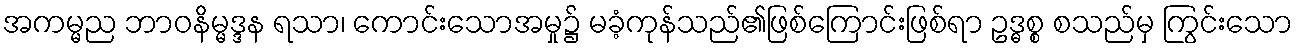
အကမ္မည ဘာဝနိမ္မဒ္ဒန ရသာ၊ ကောင်းသောအမှု၌ မခံ့ကုန်သည်၏ဖြစ်ကြောင်းဖြစ်ရာ ဥဒ္ဓစ္စ စသည်မှ ကြွင်းသော